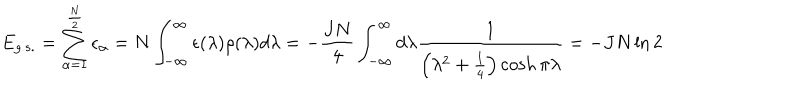
E _ { g . s . } = \sum _ { \alpha = 1 } ^ { \frac { N } { 2 } } \epsilon _ { \alpha } = N \int _ { - \infty } ^ { \infty } \epsilon ( \lambda ) \rho ( \lambda ) d \lambda = - \frac { J N } { 4 } \int _ { - \infty } ^ { \infty } d \lambda \frac { 1 } { \left( \lambda ^ { 2 } + \frac { 1 } { 4 } \right) \cosh \pi \lambda } = - J N \ln 2